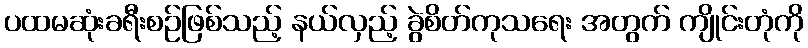
ပထမဆုံးခရီးစဉ်ဖြစ်သည့် နယ်လှည့် ခွဲစိတ်ကုသရေး အတွက် ကျိုင်းတုံကို